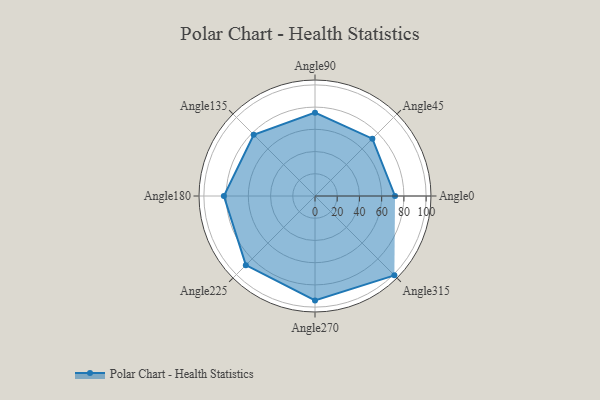
{"axis": {"x": "Angle", "y": "Radius"}, "legend": [""], "data": [{"x": "Angle0", "y": 72.0, "type": ""}, {"x": "Angle45", "y": 73.0, "type": ""}, {"x": "Angle90", "y": 75.0, "type": ""}, {"x": "Angle135", "y": 78.0, "type": ""}, {"x": "Angle180", "y": 82.0, "type": ""}, {"x": "Angle225", "y": 88.0, "type": ""}, {"x": "Angle270", "y": 94.0, "type": ""}, {"x": "Angle315", "y": 101.0, "type": ""}]}